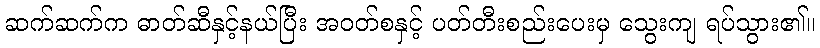
ဆက်ဆက်က ဓာတ်ဆီနှင့်နယ်ပြီး အဝတ်စနှင့် ပတ်တီးစည်းပေးမှ သွေးကျ ရပ်သွား၏။